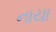
નાયા